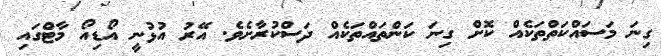
ގިނަ މަސައްކަތްތަކެއް ކޮށް ގިނަ ކަންތައްތަކެއް ދަސްކުރާށެވެ. އޭރު އުޅުނީ އޯޑިއޯ މާޓްގައި